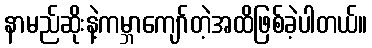
နာမည်ဆိုးနဲ့ကမ္ဘာကျော်တဲ့အထိဖြစ်ခဲ့ပါတယ်။